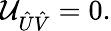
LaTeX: {\cal U}_{\hat{U}\hat{V}}=0.